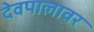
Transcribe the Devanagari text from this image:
देवपालावर